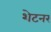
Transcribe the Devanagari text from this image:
शेटनर